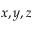
x , y , z